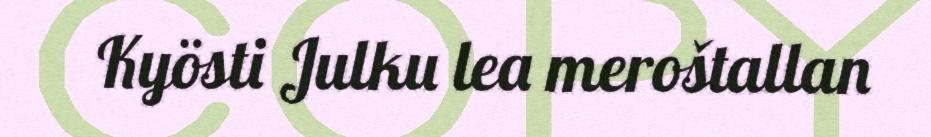
Kyösti Julku lea meroštallan